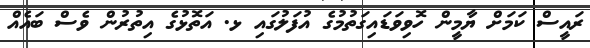
ރައީސް ކަމަށް ޔާމީން ހޮވިވަޑައިގަތުމުގެ އުފަލުގައި ޅ. އަތޮޅުގެ އިތުރުން ވެސް ބައެއް